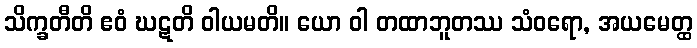
သိက္ခတီတိ ဧဝံ ဃဋတိ ဝါယမတိ။ ယော ဝါ တထာဘူတဿ သံဝရော, အယမေတ္ထ